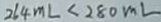
2 6 4 m L < 2 8 0 m L